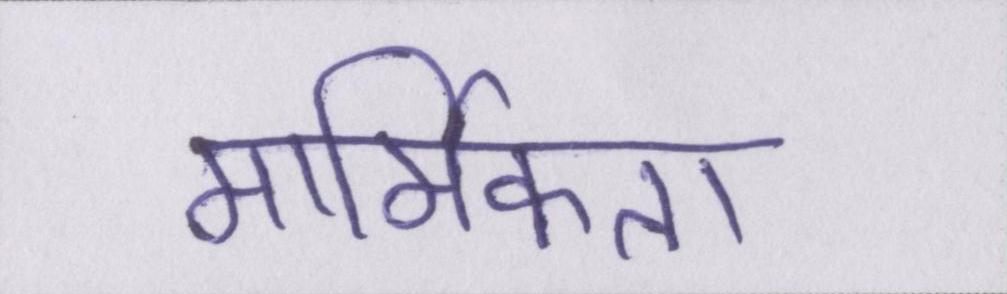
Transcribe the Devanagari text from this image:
मार्मिकता